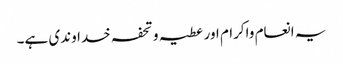
یہ انعام واکرام اور عطیہ و تحفہ خداوندی ہے۔